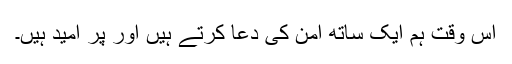
اس وقت ہم ایک ساتھ امن کی دعا کرتے ہیں اور پُر امید ہیں۔